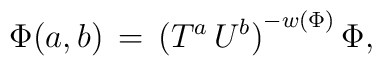
{\Phi}(a,b) \,=\,{(T^{a}\,U^{b})}^{-w(\Phi)}\,{\Phi},